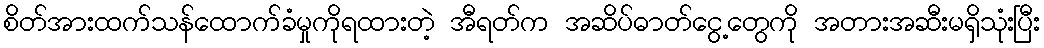
စိတ်အားထက်သန်ထောက်ခံမှုကိုရထားတဲ့ အီရတ်က အဆိပ်ဓာတ်ငွေ့တွေကို အတားအဆီးမရှိသုံးပြီး